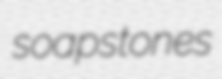
soapstones